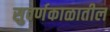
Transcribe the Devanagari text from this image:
सुवर्णकाळातील